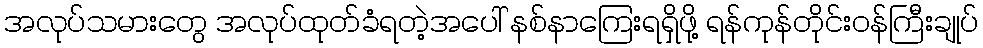
အလုပ်သမားတွေ အလုပ်ထုတ်ခံရတဲ့အပေါ် နစ်နာကြေးရရှိဖို့ ရန်ကုန်တိုင်းဝန်ကြီးချုပ်